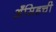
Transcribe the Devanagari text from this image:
अँसिडची